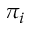
\pi _ { i }